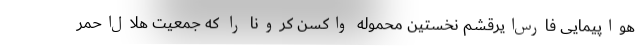
هواپیمایی فارس‌ایرقشم نخستین محموله واکسن کرونا را که جمعیت هلال‌احمر